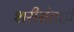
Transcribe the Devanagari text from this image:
शरीरांतही